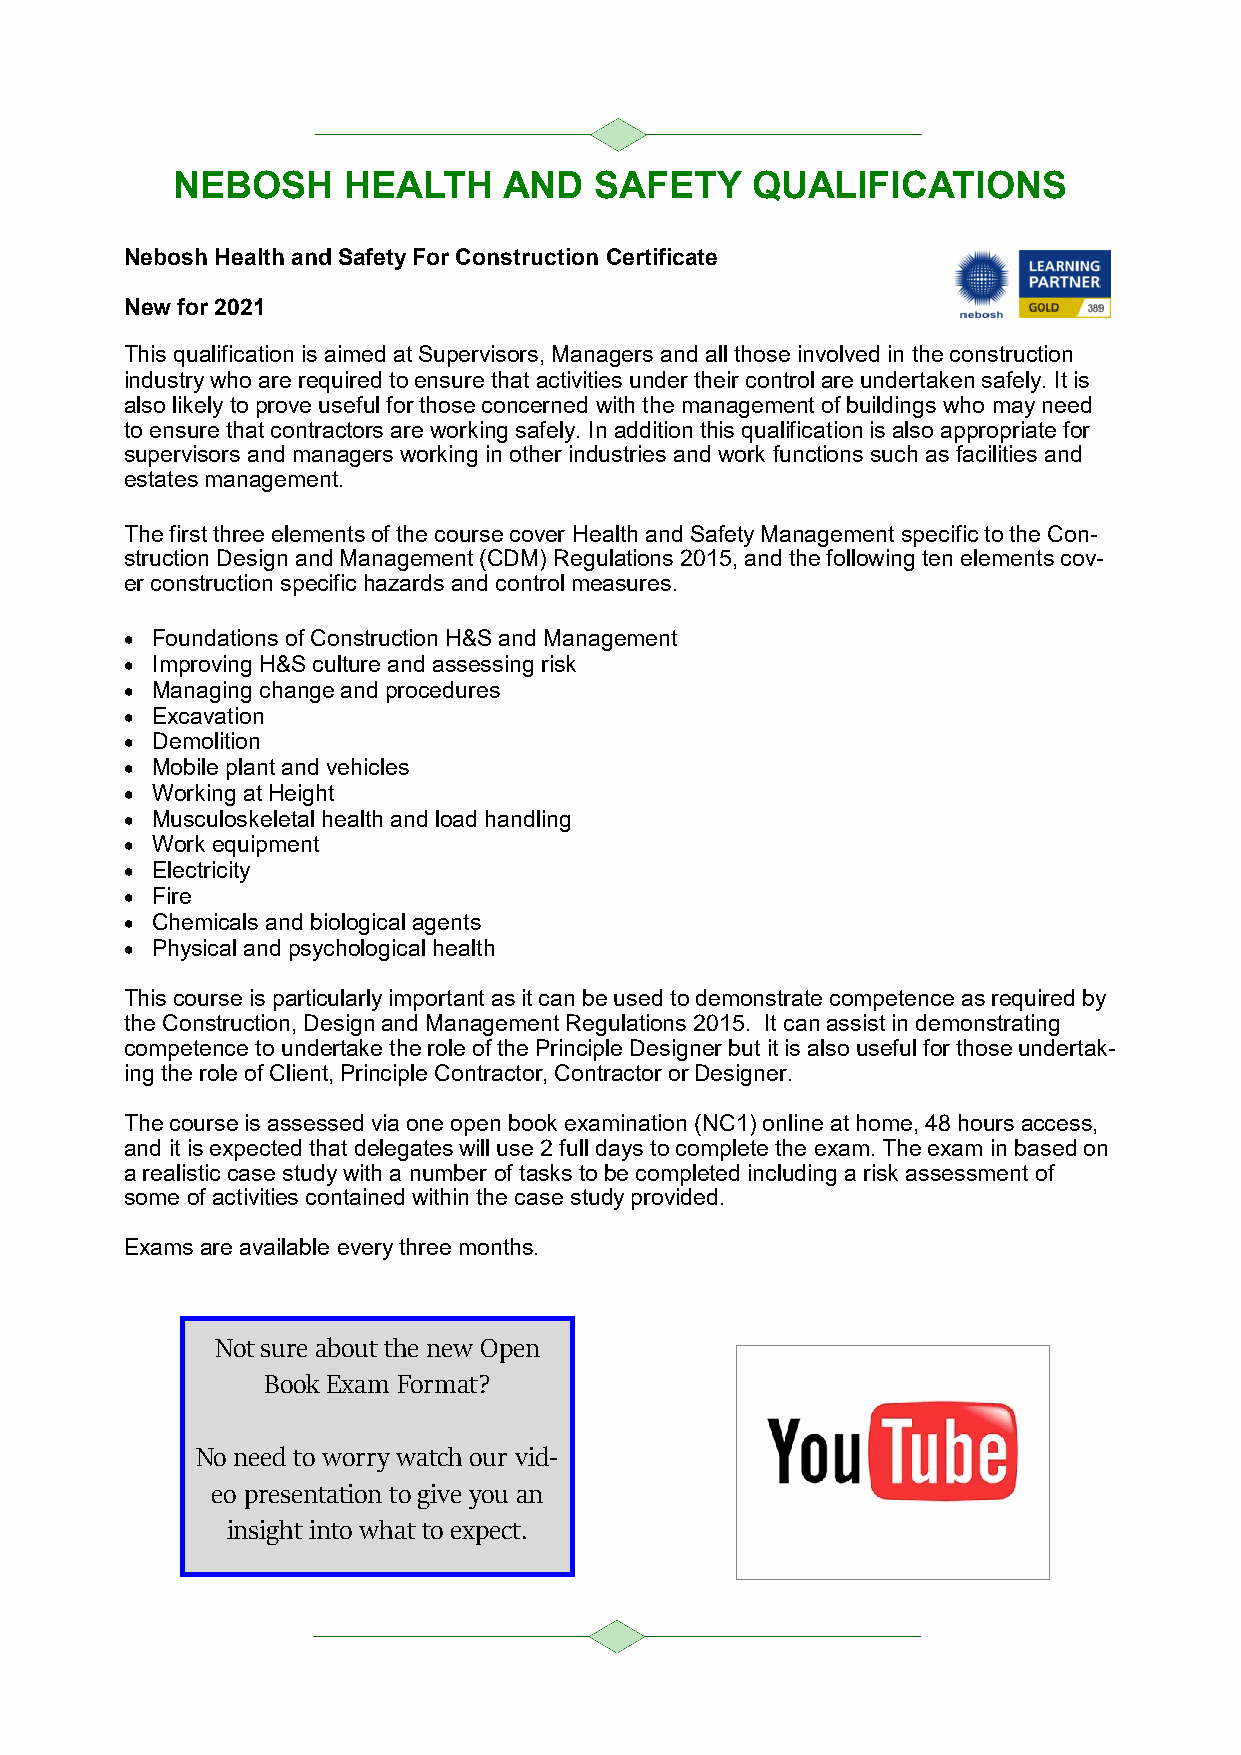
NEBOSH      HEALTH    AND   SAFETY     QUALIFICATIONS
 Nebosh Health and Safety For Construction Certificate
 New for 2021
 This qualification is aimed at Supervisors, Managers and all those involved in the construction
 industry who are required to ensure that activities under their control are undertaken safely. It is
 also likely to prove useful for those concerned with the management of buildings who may need
 to ensure that contractors are working safely. In addition this qualification is also appropriate for
 supervisors and managers working in other industries and work functions such as facilities and
 estates management.
 The first three elements of the course cover Health and Safety Management specific to the Con-
 struction Design and Management (CDM) Regulations 2015, and the following ten elements cov-
 er construction specific hazards and control measures.
 • Foundations of Construction H&S and Management
 • Improving H&S culture and assessing risk
 • Managing change and procedures
 • Excavation
 • Demolition
 • Mobile plant and vehicles
 • Working at Height
 • Musculoskeletal health and load handling
 • Work equipment
 • Electricity
 • Fire
 • Chemicals and biological agents
 • Physical and psychological health
 This course is particularly important as it can be used to demonstrate competence as required by
 the Construction, Design and Management Regulations 2015. It can assist in demonstrating
 competence to undertake the role of the Principle Designer but it is also useful for those undertak-
 ing the role of Client, Principle Contractor, Contractor or Designer.
 The course is assessed via one open book examination (NC1) online at home, 48 hours access,
 and it is expected that delegates will use 2 full days to complete the exam. The exam in based on
 a realistic case study with a number of tasks to be completed including a risk assessment of
 some of activities contained within the case study provided.
 Exams are available every three months.
 Not sure about the new Open
 Book Exam Format?
 No need to worry watch our vid-
 eo presentation to give you an
 insight into what to expect.